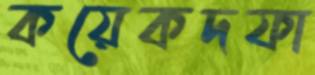
কয়েকদফা